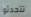
تتحدثوا